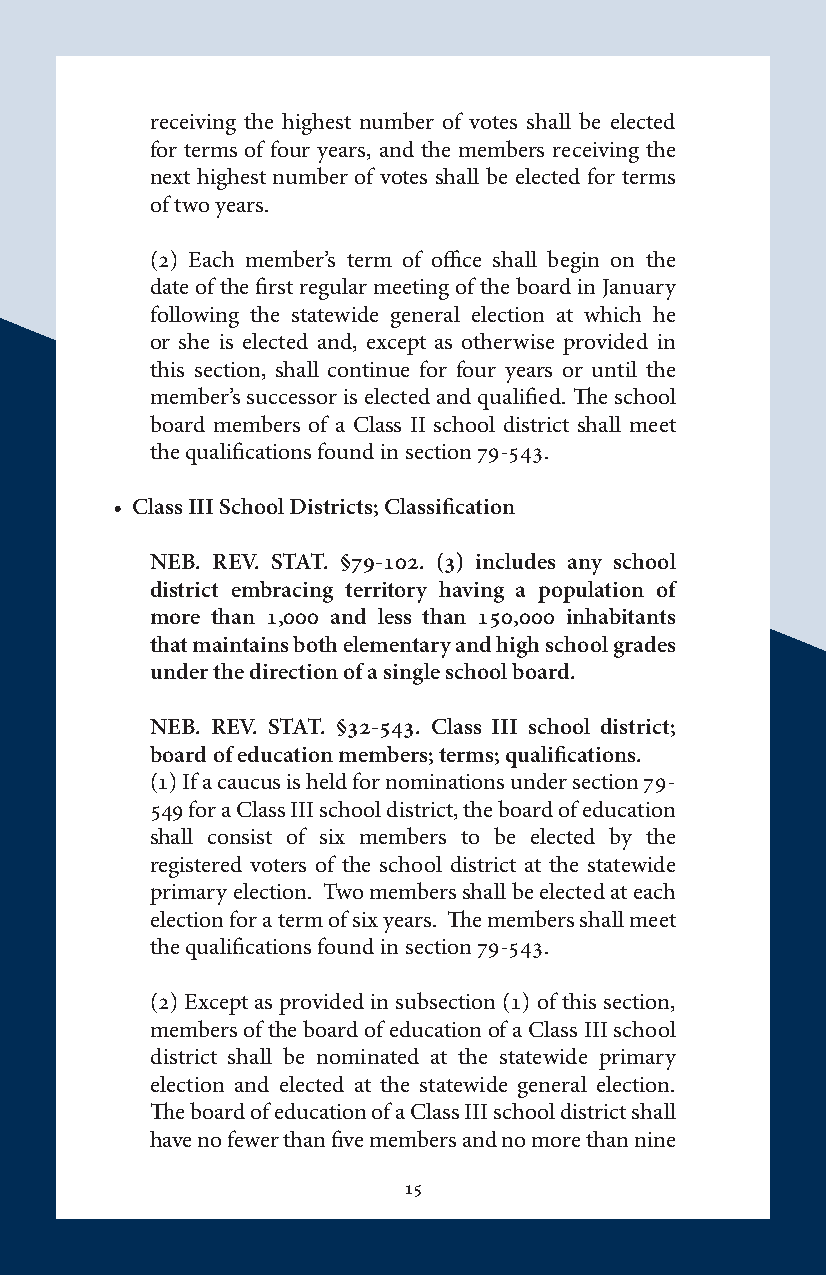
receiving the highest number of votes shall be elected
 for terms of four years, and the members receiving the
 next highest number of votes shall be elected for terms
 of two years.
 (2) Each member’s term of office shall begin on the
 date of the first regular meeting of the board in January
 following the statewide general election at which he
 or she is elected and, except as otherwise provided in
 this section, shall continue for four years or until the
 member’s successor is elected and qualified. The school
 board members of a Class II school district shall meet
 the qualifications found in section 79-543.
 • Class III School Districts; Classification
 NEB. REV. STAT. §79-102. (3) includes any school
 district embracing territory having a population of
 more than 1,000 and less than 150,000 inhabitants
 that maintains both elementary and high school grades
 under the direction of a single school board.
 NEB. REV. STAT. §32-543. Class III school district;
 board of education members; terms; qualifications.
 (1) If a caucus is held for nominations under section 79-
 549 for a Class III school district, the board of education
 shall consist of six members to be elected by the
 registered voters of the school district at the statewide
 primary election. Two members shall be elected at each
 election for a term of six years. The members shall meet
 the qualifications found in section 79-543.
 (2) Except as provided in subsection (1) of this section,
 members of the board of education of a Class III school
 district shall be nominated at the statewide primary
 election and elected at the statewide general election.
 The board of education of a Class III school district shall
 have no fewer than five members and no more than nine
 15